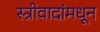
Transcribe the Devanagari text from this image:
स्त्रीवादांमधून